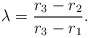
\begin{align*}\lambda = \frac{r_3-r_2}{r_3-r_1}.\end{align*}